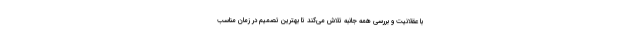
با عقلانیت و بررسی همه جانبه تلاش می‌کند تا بهترین تصمیم در زمان مناسب